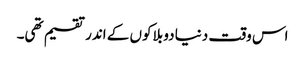
اس وقت دنیا دو بلاکوں کے اندر تقسیم تھی۔